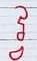
វ្វ